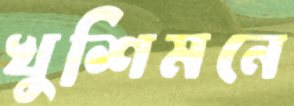
খুশিমনে